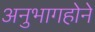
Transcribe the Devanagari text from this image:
अनुभागहोने